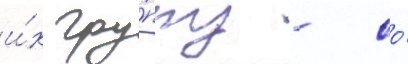
и́х гру́ппу - со́